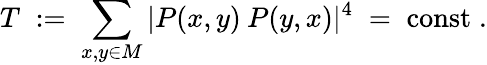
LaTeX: T\; :=\; \sum_{x,y\in M}|P(x,y)\: P(y,x)|^{4}\; =\; {\mathrm{const}}\; .